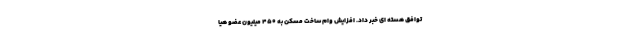
توافق هسته ای خبر داد. افزایش وام ساخت مسکن به ۴۵۰ میلیون عضو هیا